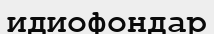
идиофондар